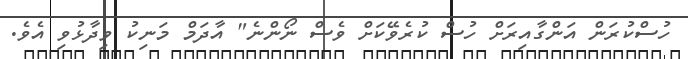
ހުސްކުރަން އަންގާއިރަށް ހުސް ކުރެވޭކަށް ވެސް ނޯންނެ" އާދަމް މަނިކު ވިދާޅުވި އެވެ.